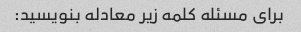
برای مسئله کلمه زیر معادله بنویسید: